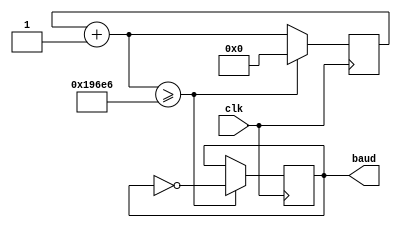
module baudrate_gen(
    input clk,
    output baud
    );
    
    reg baud;
    reg [16:0] counter;
    
    always @(posedge clk) begin
        counter = counter + 1;
        if(counter >= 104166) begin counter=0; baud=~baud; end
    end
    
endmodule